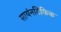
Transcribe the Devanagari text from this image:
सायंनटिफिक